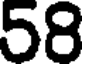
58